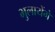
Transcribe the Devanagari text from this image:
भुलायेंगे